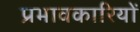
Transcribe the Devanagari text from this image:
प्रभावकारियों